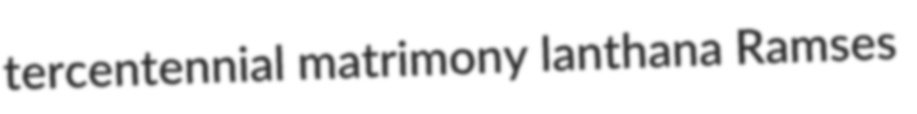
tercentennial matrimony lanthana Ramses